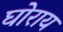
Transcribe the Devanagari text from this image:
घोराय